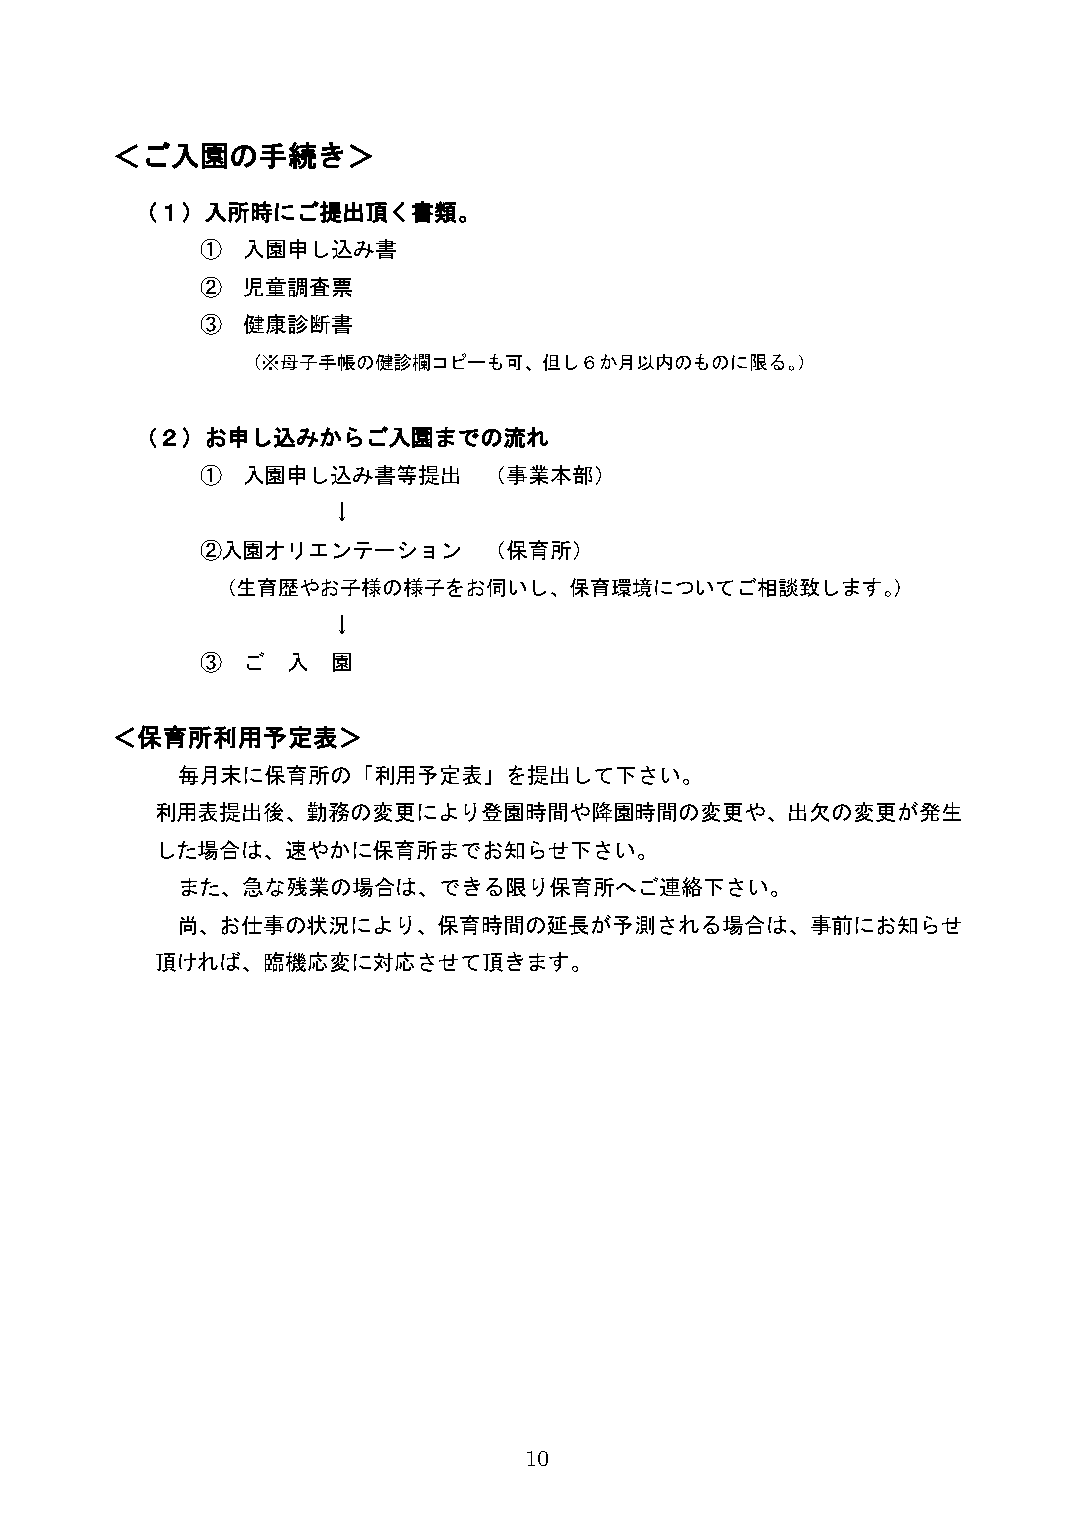
＜ご入園の手続き＞
 （１）入所時にご提出頂く書類。
 ①  入園申し込み書
 ②  児童調査票
 ③  健康診断書
 （※母子手帳の健診欄コピーも可、但し６か月以内のものに限る。）
 （２）お申し込みからご入園までの流れ
 ①  入園申し込み書等提出      （事業本部）
 ↓
 ②入園オリエンテーション       （保育所）
 （生育歴やお子様の様子をお伺いし、保育環境についてご相談致します。）
 ↓
 ③  ご  入  園
 ＜保育所利用予定表＞
 毎月末に保育所の「利用予定表」を提出して下さい。
 利用表提出後、勤務の変更により登園時間や降園時間の変更や、出欠の変更が発生
 した場合は、速やかに保育所までお知らせ下さい。
 また、急な残業の場合は、できる限り保育所へご連絡下さい。
 尚、お仕事の状況により、保育時間の延長が予測される場合は、事前にお知らせ
 頂ければ、臨機応変に対応させて頂きます。
 10